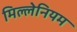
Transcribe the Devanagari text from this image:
मिल्लेनियम